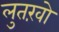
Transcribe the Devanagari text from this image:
लुतख़ो